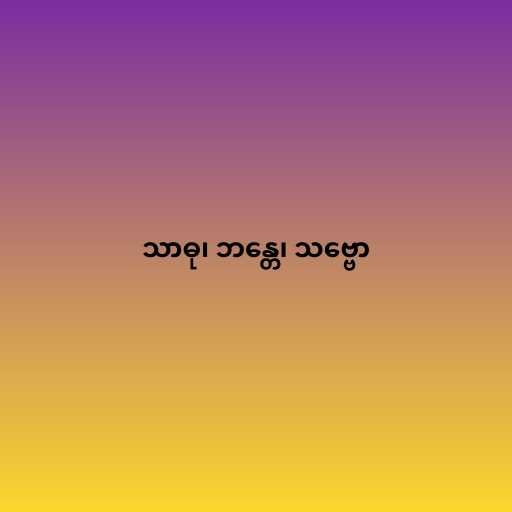
သာဓု၊ ဘန္တေ၊ သဗ္ဗော